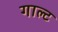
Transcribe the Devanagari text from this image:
गाल्ट